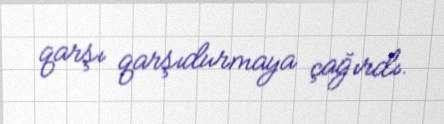
qarşı qarşıdurmaya çağırdı.